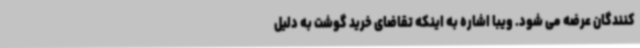
کنندگان عرضه می شود. ویبا اشاره به اینکه تقاضای خرید گوشت به دلیل